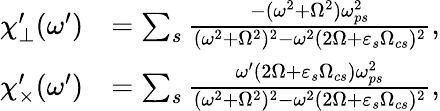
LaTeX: \begin{array}{rl}{\chi_{\perp}^{\prime}(\omega^{\prime})}&{=\sum_{s}\frac{-(\omega^{2}+\Omega^{2})\omega_{ps}^{2}}{(\omega^{2}+\Omega^{2})^{2}-\omega^{2}(2\Omega+\varepsilon_{s}\Omega_{cs})^{2}},}\\ {\chi_{\times}^{\prime}(\omega^{\prime})}&{=\sum_{s}\frac{\omega^{\prime}(2\Omega+\varepsilon_{s}\Omega_{cs})\omega_{ps}^{2}}{(\omega^{2}+\Omega^{2})^{2}-\omega^{2}(2\Omega+\varepsilon_{s}\Omega_{cs})^{2}},}\end{array}